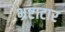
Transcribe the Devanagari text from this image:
भ्रष्टाटार